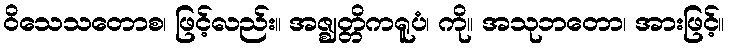
ဝိသေသတောစ၊ ဖြင့်လည်း။ အဇ္ဈတ္တိကရူပံ၊ ကို။ အသုဘတော၊ အားဖြင့်။